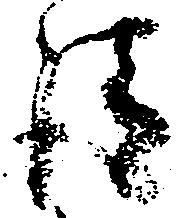
請